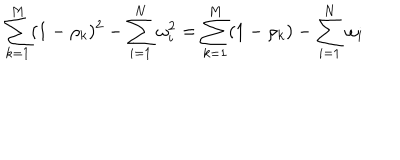
\sum _ { k = 1 } ^ { M } ( 1 - \rho _ { k } ) ^ { 2 } - \sum _ { i = 1 } ^ { N } \omega _ { i } ^ { 2 } = \sum _ { k = 1 } ^ { M } ( 1 - \rho _ { k } ) - \sum _ { i = 1 } ^ { N } \omega _ { i } \,